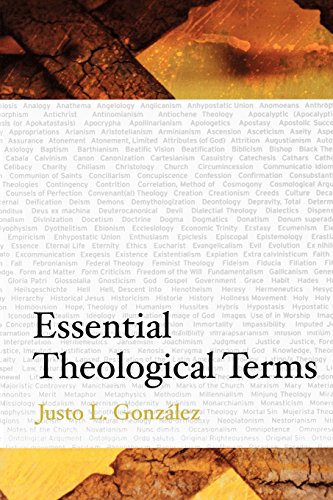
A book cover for Essential Theological Terms; Justo L. GonzÃ¡lez; Christian Books & Bibles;